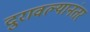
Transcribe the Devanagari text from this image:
दुरावल्यानंतर